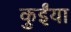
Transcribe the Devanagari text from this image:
कुईंया